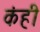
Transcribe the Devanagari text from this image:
कंही